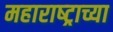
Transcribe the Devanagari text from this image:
महाराष्‍ट्राच्या